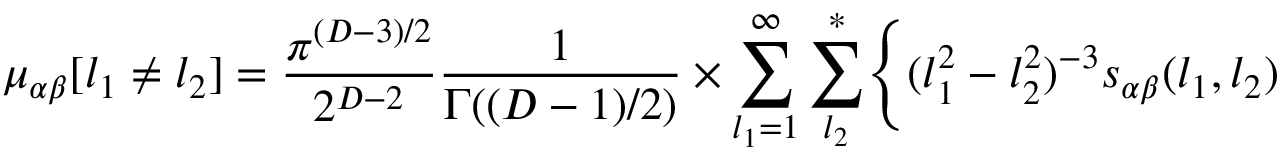
\mu _ { \alpha \beta } [ l _ { 1 } \neq l _ { 2 } ] = { \frac { \pi ^ { ( D - 3 ) / 2 } } { 2 ^ { D - 2 } } } { \frac { 1 } { \Gamma ( ( D - 1 ) / 2 ) } } \times \sum _ { l _ { 1 } = 1 } ^ { \infty } \sum _ { l _ { 2 } } ^ { * } \Biggl \{ ( l _ { 1 } ^ { 2 } - l _ { 2 } ^ { 2 } ) ^ { - 3 } s _ { \alpha \beta } ( l _ { 1 } , l _ { 2 } )